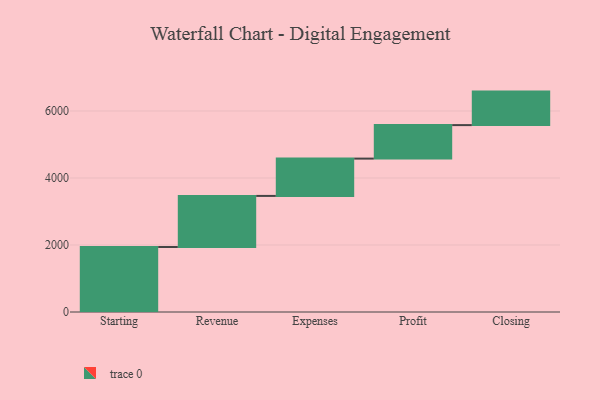
{"axis": {"x": "Step", "y": "Value"}, "legend": [""], "data": [{"x": "Starting", "y": 1940.0, "type": ""}, {"x": "Revenue", "y": 1525.0, "type": ""}, {"x": "Expenses", "y": 1114.0, "type": ""}, {"x": "Profit", "y": 1000, "type": ""}, {"x": "Closing", "y": 1000, "type": ""}]}